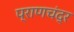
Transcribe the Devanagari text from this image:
प्राणचंद्र